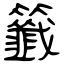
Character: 籤